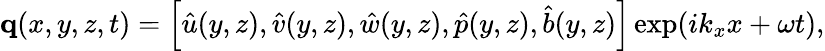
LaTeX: \mathbf{q}(x,y,z,t)=\left[\hat{u}(y,z),\hat{v}(y,z),\hat{w}(y,z),\hat{p}(y,z),\hat{b}(y,z)\right]\exp({ik_{x}x+\omega t}),